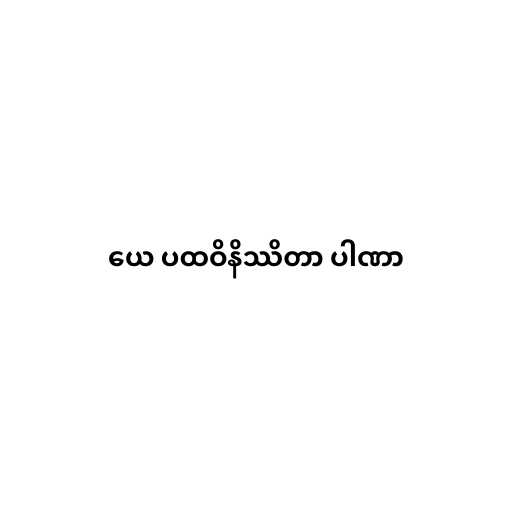
ယေ ပထဝိနိဿိတာ ပါဏာ